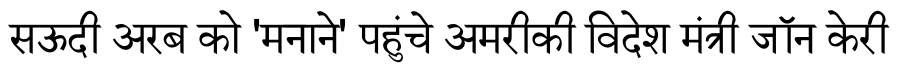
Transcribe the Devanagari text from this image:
सऊदी अरब को 'मनाने' पहुंचे अमरीकी विदेश मंत्री जॉन केरी